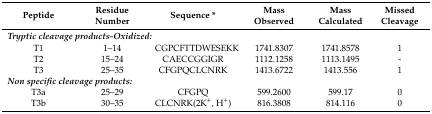
| Peptide | Residue Number | Sequence * | Mass Observed | Mass Calculated | Missed Cleavage |
 | --- | --- | --- | --- | --- | --- |
 | <COLSPAN=6> Tryptic cleavage products-Oxidized: |
 | T1 | 1–14 | CGPCFTTDWESEKK | 1741.8307 | 1741.8578 | 1 |
 | T2 | 15–24 | CAECCGGIGR | 1112.1258 | 1113.1495 | - |
 | T3 | 25–35 | CFGPQCLCNRK | 1413.6722 | 1413.556 | 1 |
 | <COLSPAN=6> Non specific cleavage products: |
 | T3a | 25–29 | CFGPQ | 599.2600 | 599.17 | 0 |
 | T3b | 30–35 | CLCNRK(2K+, H+) | 816.3808 | 814.116 | 0 |